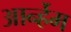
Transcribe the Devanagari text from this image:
आर्न्हेम